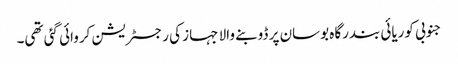
جنوبی کوریائی بندرگاہ بوسان پر ڈوبنے والا جہاز کی رجسٹریشن کروائی گئی تھی۔